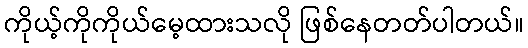
ကိုယ့်ကိုကိုယ်မေ့ထားသလို ဖြစ်နေတတ်ပါတယ်။